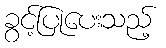
ခွင့်ပြုပေးသည့်